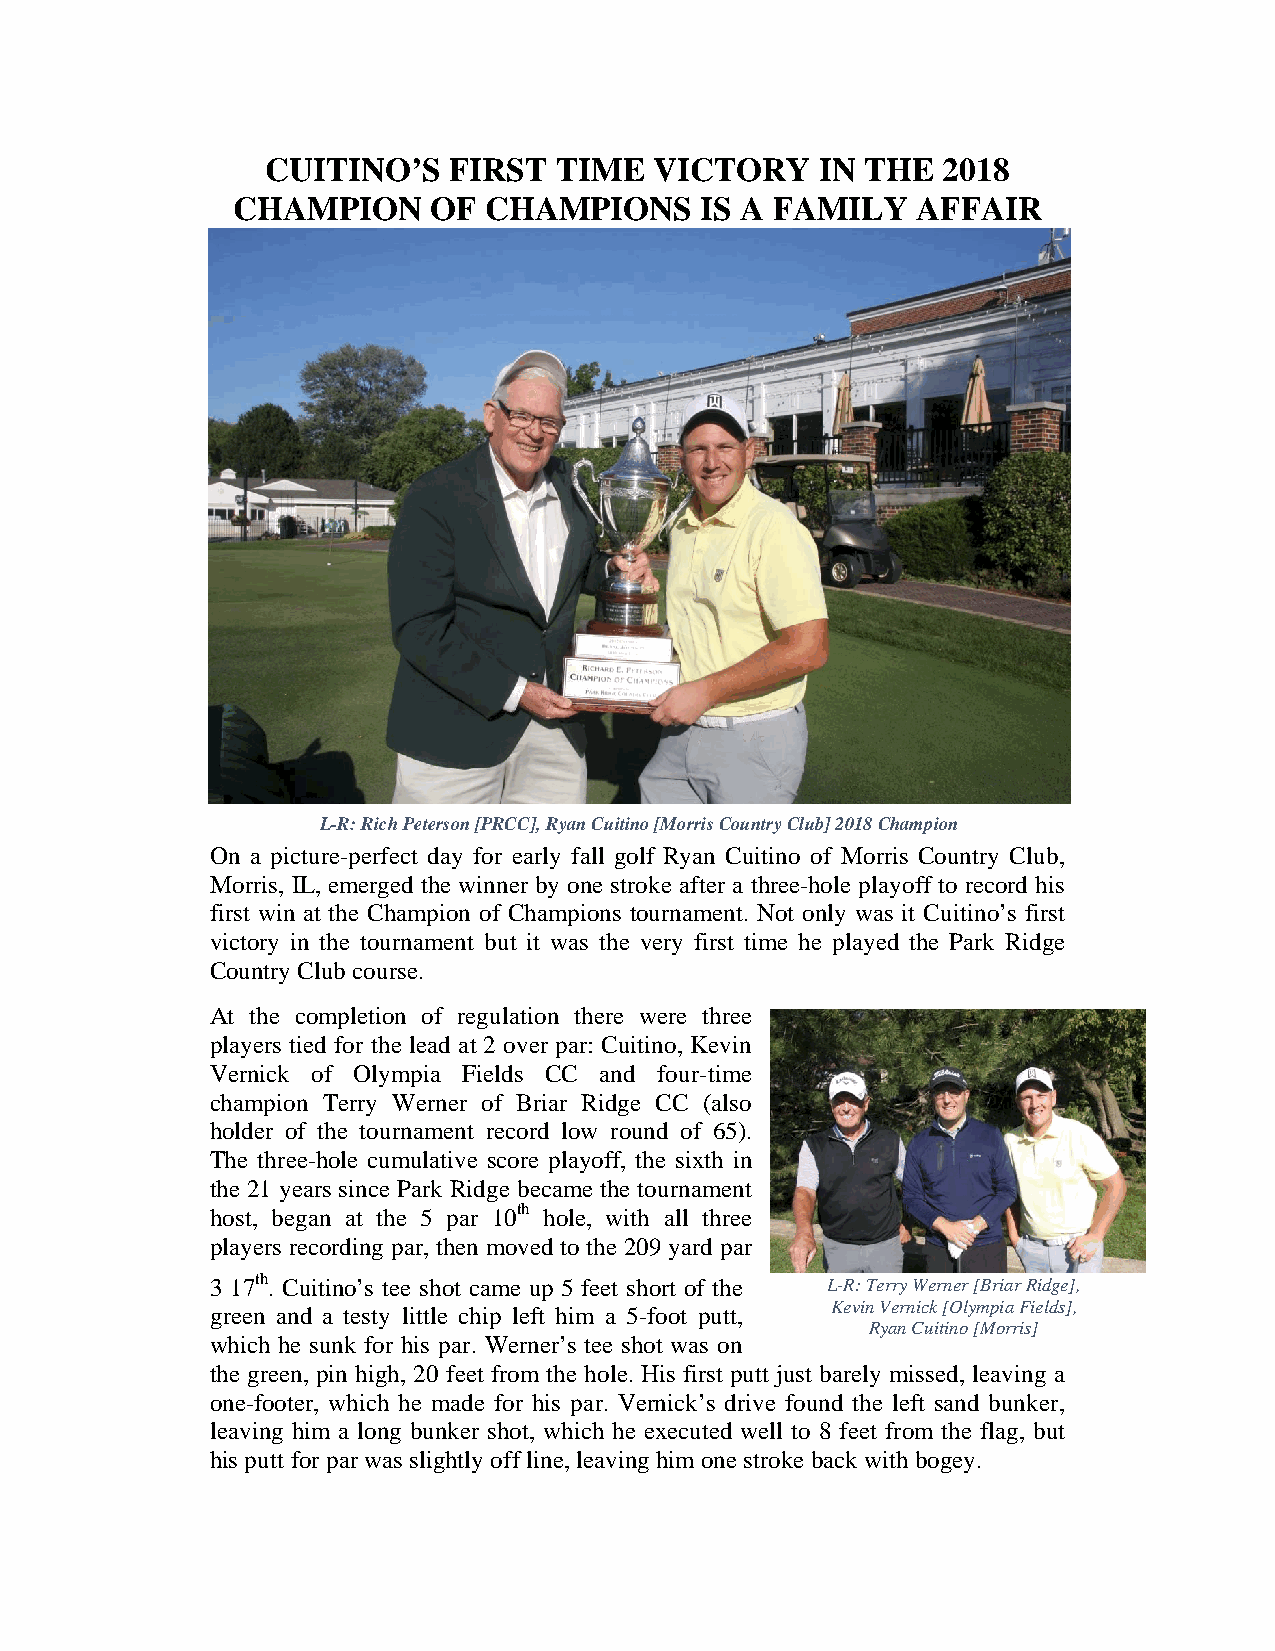
CUITINO’S   FIRST  TIME  VICTORY    IN THE  2018
 CHAMPION     OF  CHAMPIONS     IS A FAMILY    AFFAIR
 L-R: Rich Peterson [PRCC], Ryan Cuitino [Morris Country Club] 2018 Champion
 On a picture-perfect day for early fall golf Ryan Cuitino of Morris Country Club,
 Morris, IL, emerged the winner by one stroke after a three-hole playoff to record his
 first win at the Champion of Champions tournament. Not only was it Cuitino’s first
 victory in the tournament but it was the very first time he played the Park Ridge
 Country Club course.
 At the completion of regulation there were three
 players tied for the lead at 2 over par: Cuitino, Kevin
 Vernick of Olympia Fields CC and four-time
 champion Terry Werner of Briar Ridge CC (also
 holder of the tournament record low round of 65).
 The three-hole cumulative score playoff, the sixth in
 the 21 years since Park Ridge became the tournament
 host, began at the 5 par 10th hole, with all three
 players recording par, then moved to the 209 yard par
 3 17th. Cuitino’s tee shot came up 5 feet short of the L-R: Terry Werner [Briar Ridge],
 Kevin Vernick [Olympia Fields],
 green and a testy little chip left him a 5-foot putt,
 Ryan Cuitino [Morris]
 which he sunk for his par. Werner’s tee shot was on
 the green, pin high, 20 feet from the hole. His first putt just barely missed, leaving a
 one-footer, which he made for his par. Vernick’s drive found the left sand bunker,
 leaving him a long bunker shot, which he executed well to 8 feet from the flag, but
 his putt for par was slightly off line, leaving him one stroke back with bogey.